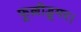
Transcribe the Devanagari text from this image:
फूल्लीडूमर।